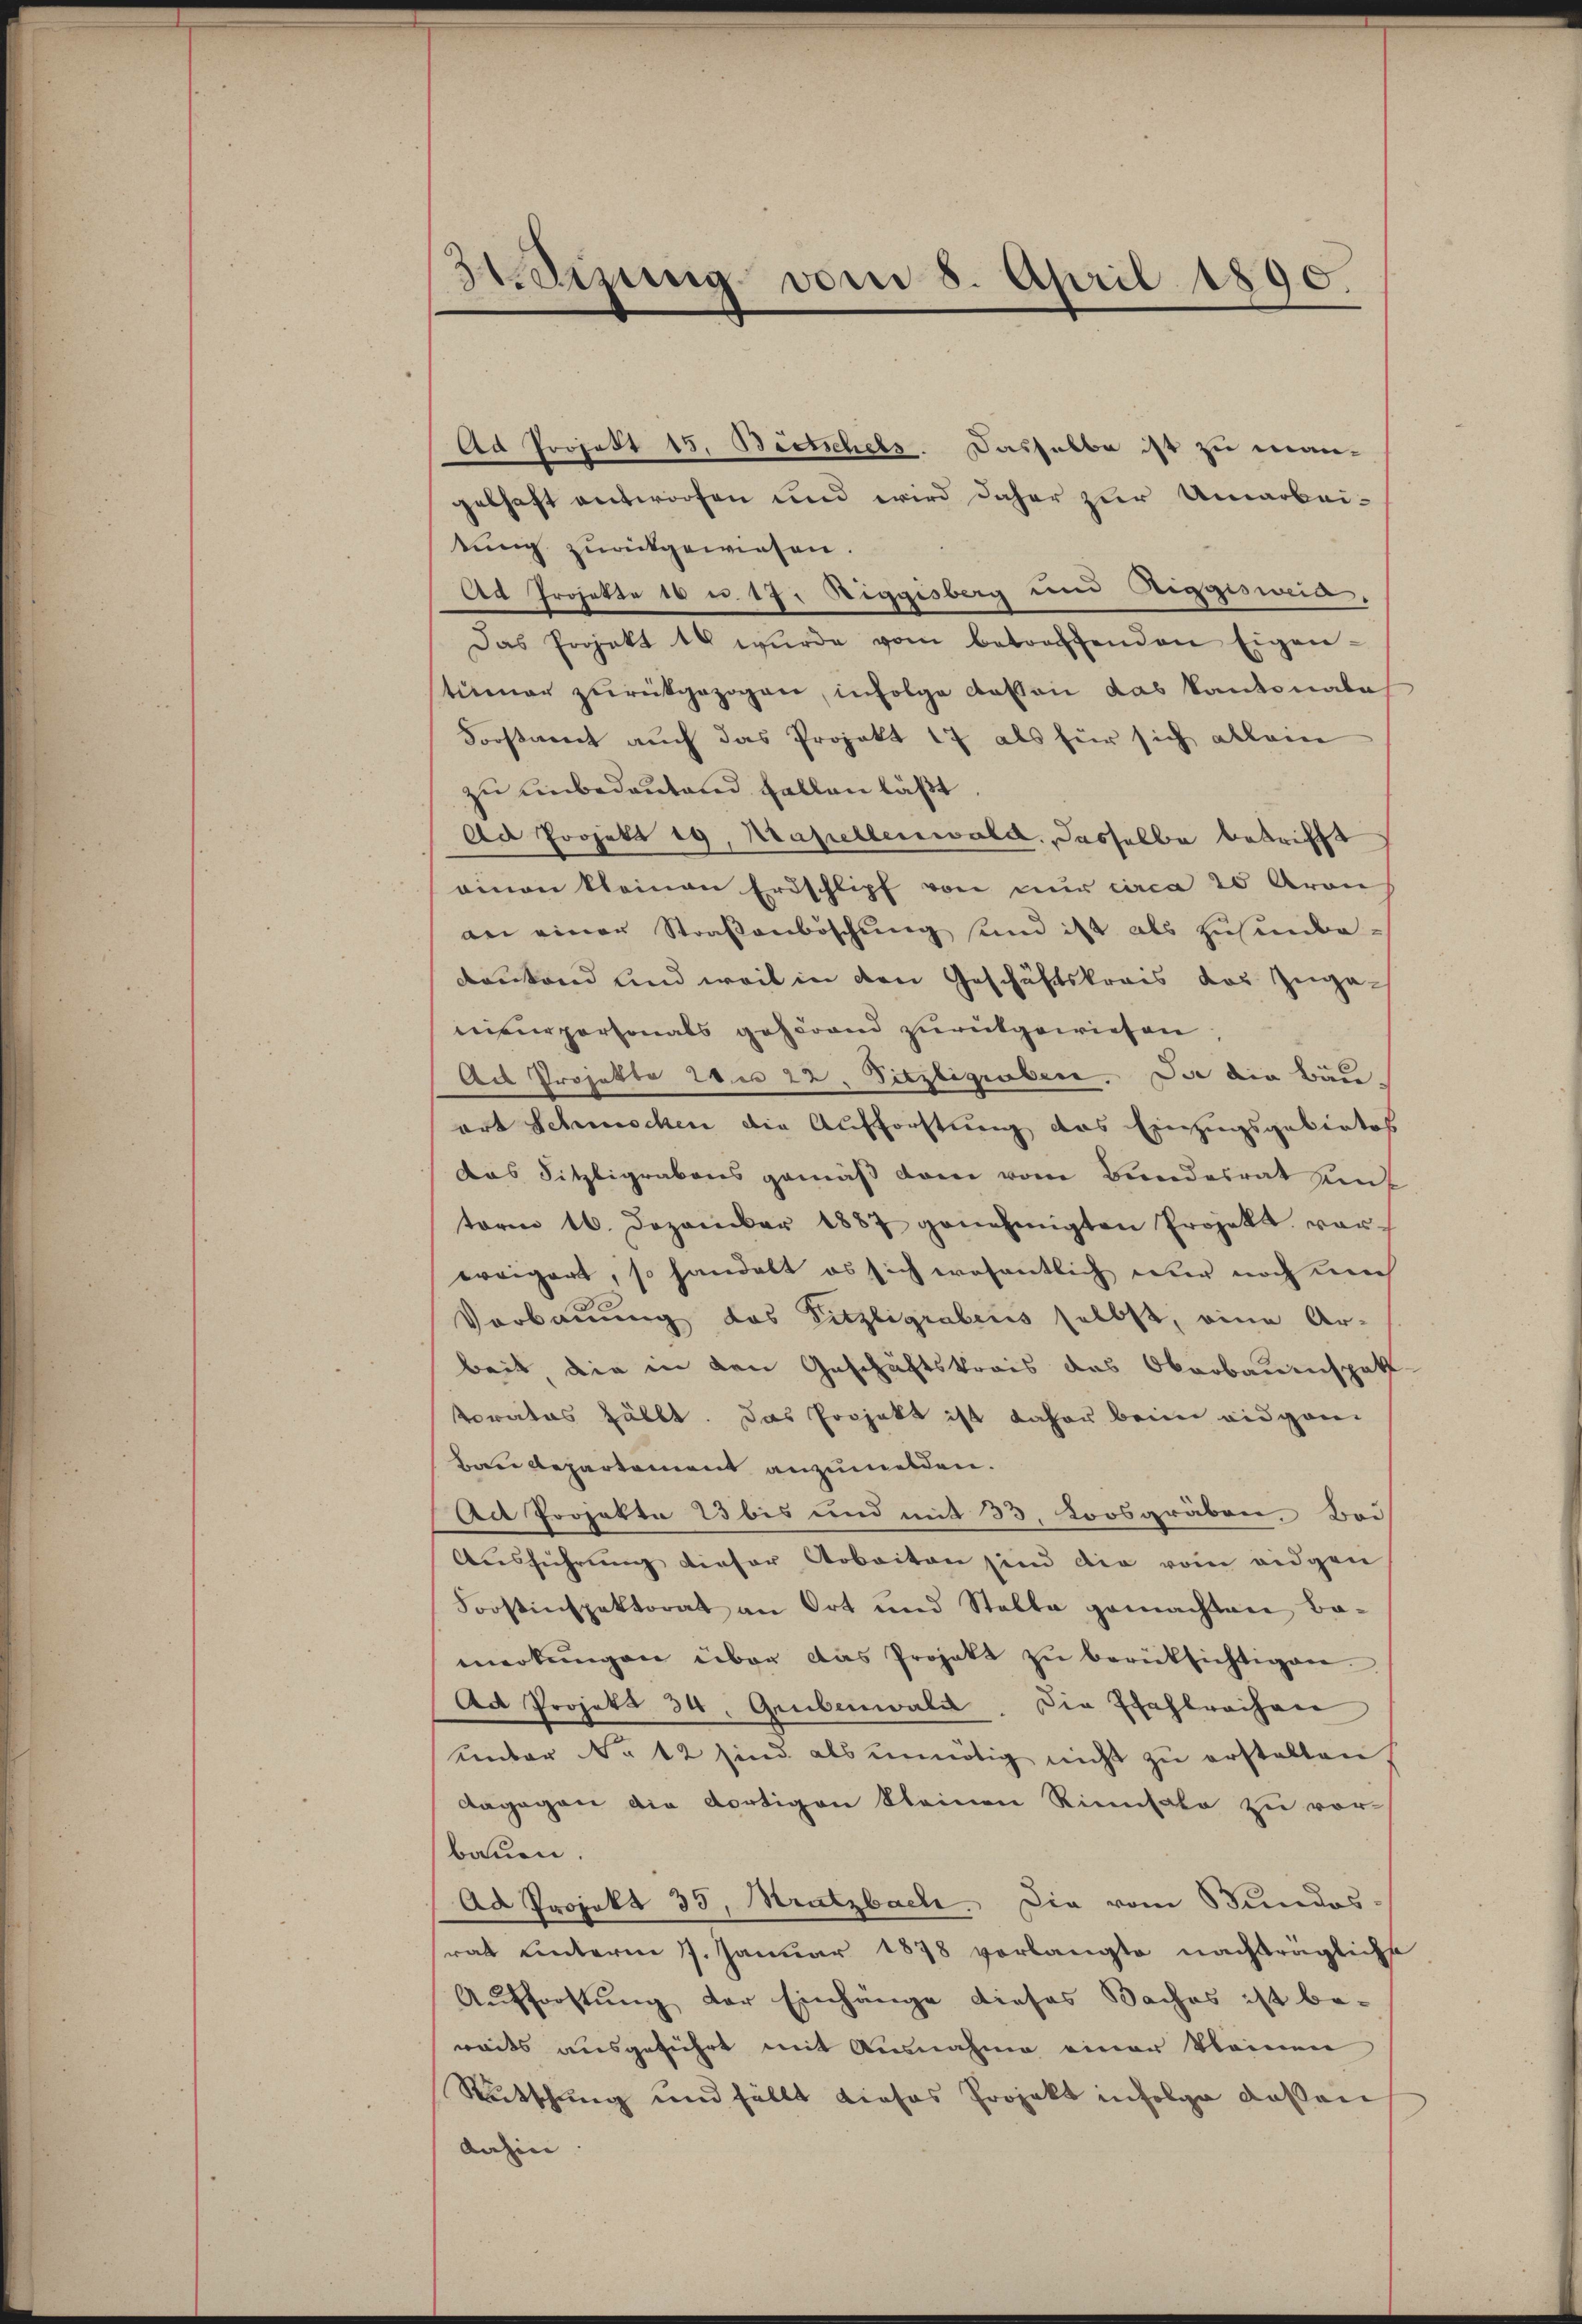
Sizung vom 8. April 1890.

Ad Projekt 15. Beetschels. Dasselbe ist zu man-
gelhaft unterdofen und wird daher zur Umarbeitung zurückgewiesen.
Ad Projekte es u. 17. Riggisberg und Riggiswia.
Das Projekt 18 wŭrde vom betroffenden Eigen-
tümer zurückgezogen, infolge dessen das Kantonales
Forstamt auch das Projekt 17 als für sich allein
zu einbedeutend fallen läßt
Ad Projekt 19, Kapellenwald. Dasselbe betrifft
ainen kleinen Erdschlipf von nur circa 20 Aron
an einer Straßenböschung sind ist als zusende-
drukend und weil in den Geschäftskrais das Zuganipurpersonals gehörend zurükgewiesen,
Als Projekte 20.es 22. Sitzligraben. Da die Bau-
ort Schmachen die Aufforstung das Einzugsgebietes
das Sitzligrabens gemäß dem vom Bundesrat auf
term 16. Dezember 1887 genehmigten Projekt vorweigert, so handelt es sich wesentlich nur noch nich
Verbauung das Fitzligrabens selbst, eine Ar-
beit, die in den Geschäftskrais das Oberbauenspat
torates fällt. Das Projekt ist daher beim eidgan¬
Baudepartement anzumelden.
Act Projekte 23 bis und mit 33. Loosgräben. Bei
Aŭsführŭng dieser Arbeiten sind die vom eidgen
Frostinspektorat an Ort und Stalla gemachten Ba-
merkŭngen über das Projekt zŭ berücksichtigen.
Ad Projekt 34. Grubenwald. Die Zahlrechen
unter No 12 sind als unnötig nicht zu erstalten
dagegen die dortigen kleinen Rinnsale zu vor-
bauen.
Ad Projekt 35, Strutzbach. Die vom Bundes-
rat unterm 17. Januar 1878 verlangte nachträgliche
Aufforstung der Einhänge dieses Baches ist be-
waits ausgeführt mit Ausnahme einer kleinen
Rutschung und fällt dieses Projekt infolge dassen
dahin. |